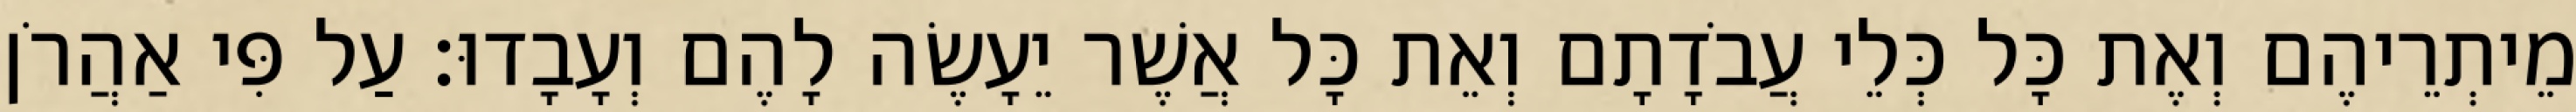
מֵיתְרֵיהֶם וְאֶת כָּל כְּלֵי עֲבֹדָתָם וְאֵת כָּל אֲשֶׁר יֵעָשֶׂה לָהֶם וְעָבָדוּ׃ עַל פִּי אַהֲרֹן